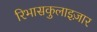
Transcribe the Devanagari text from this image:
रिभासकुलाइज़ार